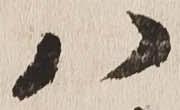
八